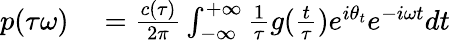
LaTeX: \begin{array}{rl}{p(\tau\omega)}&{{}=\frac{c(\tau)}{2\pi}\int_{-\infty}^{+\infty}\frac{1}{\tau}g(\frac{t}{\tau})e^{i\theta_{t}}e^{-i\omega t}dt}\end{array}